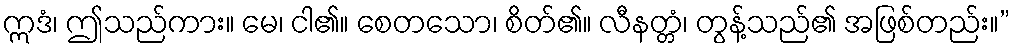
ဣဒံ၊ ဤသည်ကား။ မေ၊ ငါ၏။ စေတသော၊ စိတ်၏။ လီနတ္တံ၊ တွန့်သည်၏ အဖြစ်တည်း။”